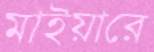
মাইয়ারে